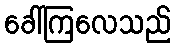
ခေါ်ကြလေသည်